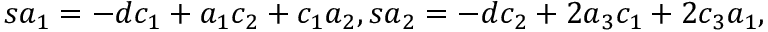
s a _ { 1 } = - d c _ { 1 } + a _ { 1 } c _ { 2 } + c _ { 1 } a _ { 2 } , s a _ { 2 } = - d c _ { 2 } + 2 a _ { 3 } c _ { 1 } + 2 c _ { 3 } a _ { 1 } ,